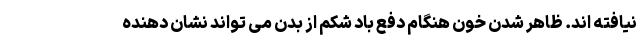
نیافته اند. ظاهر شدن خون هنگام دفع باد شکم از بدن می تواند نشان دهنده